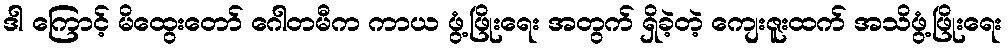
ဒါ ကြောင့် မိထွေးတော် ဂေါတမီက ကာယ ဖွံ့ဖြိုးရေး အတွက် ရှိခဲ့တဲ့ ကျေးဇူးထက် အသိဖွံ့ဖြိုးရေး